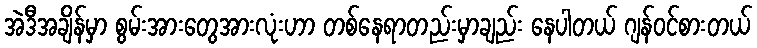
အဲဒီအချိန်မှာ စွမ်းအားတွေအားလုံးဟာ တစ်နေရာတည်းမှာချည်း နေပါတယ် ဂျန်ဝင်စားတယ်